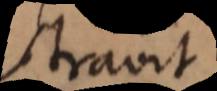
stravit.